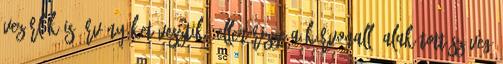
vezérlők is érvényüket vesztik. Ellenőrizze a körvonallá alakított szöveg